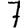
Digit: 7